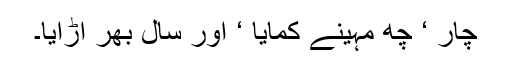
چار ‘ چھ مہینے کمایا ‘ اور سال بھر اڑایا۔